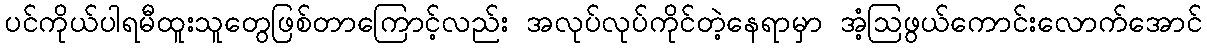
ပင်ကိုယ်ပါရမီထူးသူတွေဖြစ်တာကြောင့်လည်း အလုပ်လုပ်ကိုင်တဲ့နေရာမှာ အံ့ဩဖွယ်ကောင်းလောက်အောင်